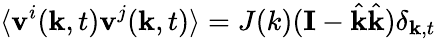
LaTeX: \langle\mathbf{v}^{i}(\mathbf{k},t)\mathbf{v}^{j}(\mathbf{k},t)\rangle=J(k)(\mathbf{I}-\hat{\mathbf{k}}\hat{\mathbf{k}})\delta_{\mathbf{k},t}